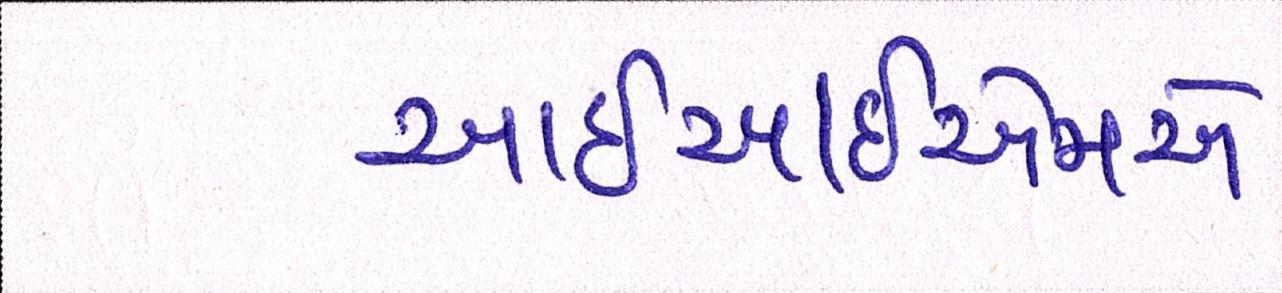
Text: આઇઆઇએમ-એ